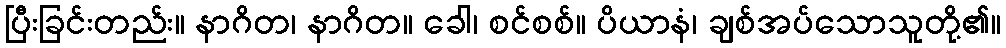
ပြီးခြင်းတည်း။ နာဂိတ၊ နာဂိတ။ ခေါ၊ စင်စစ်။ ပိယာနံ၊ ချစ်အပ်သောသူတို့၏။